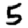
Digit: 5